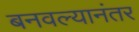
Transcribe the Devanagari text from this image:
बनवल्यानंतर